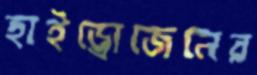
হাইড্রোজেনের